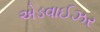
એડવાઈઝર